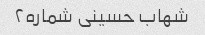
شهاب حسینی شماره۲